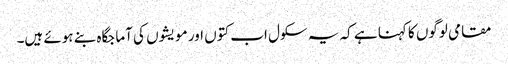
مقامی لوگوں کا کہنا ہے کہ یہ سکول اب کتوں اور مویشوں کی آماجگاہ بنے ہوئے ہیں۔